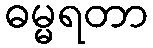
ဓမ္မရတာ